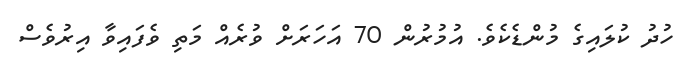
ހުދު ކުލައިގެ މުންޑެކެވެ. އުމުރުން 70 އަހަރަށް ވުރެއް މަތި ވެފައިވާ އިރުވެސް